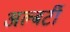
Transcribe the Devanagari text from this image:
अल्बर्टी